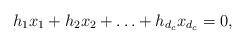
LaTeX: \begin{align*} h_1x_1 + h_2x_2 + \ldots + h_{d_c}x_{d_c} = 0,\end{align*}